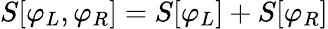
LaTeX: S[\varphi_{L},\varphi_{R}]=S[\varphi_{L}]+S[\varphi_{R}]